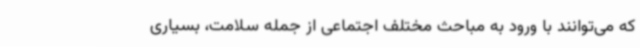
که می‌توانند با ورود به مباحث مختلف اجتماعی از جمله سلامت، بسیاری